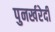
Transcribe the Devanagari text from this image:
पुनर्खरेदी